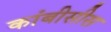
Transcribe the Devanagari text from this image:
कांबीसीस